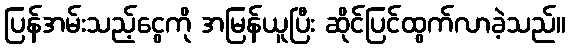
ပြန်အမ်းသည့်ငွေကို အမြန်ယူပြီး ဆိုင်ပြင်ထွက်လာခဲ့သည်။